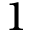
1